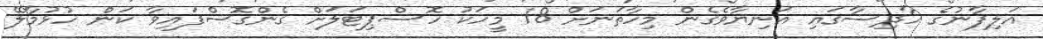
އަލިފާނުގެ ހާދިސާގައި އަނިޔާވެގެން މިހާތަނަށް 18 މީހަކު ހޮސްޕިޓަލަށް ގެންގޮސްފައިވާ ކަން ހުޅުމާލޭ